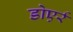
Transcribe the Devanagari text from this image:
डोएर्र